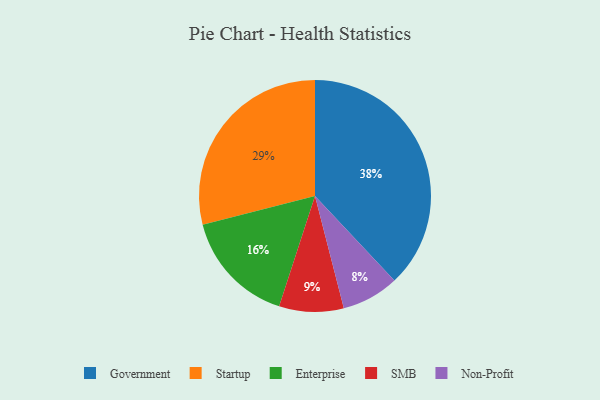
{"axis": {"x": "Category", "y": "Percentage"}, "legend": ["Enterprise", "Government", "Non-Profit", "SMB", "Startup"], "data": [{"x": "SMB", "y": 9, "type": "SMB"}, {"x": "Enterprise", "y": 16, "type": "Enterprise"}, {"x": "Startup", "y": 29, "type": "Startup"}, {"x": "Government", "y": 38, "type": "Government"}, {"x": "Non-Profit", "y": 8, "type": "Non-Profit"}]}